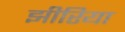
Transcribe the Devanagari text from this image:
झीरिया